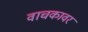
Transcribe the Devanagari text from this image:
वाचकावर